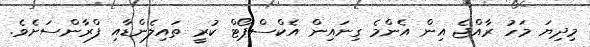
މިދިޔަ މަހު ރާއްޖެ އިން އެންމެ ގިނައިން އެކްސްޕޯޓް ކުރީ ތައިލެންޑާއި ފްރާންސަށެވެ.